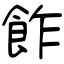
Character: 飵